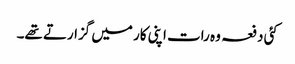
کئی دفعہ وہ رات اپنی کار میں گزارتے تھے۔